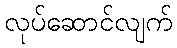
လုပ်ဆောင်လျက်